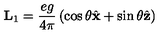
{ \bf L } _ { 1 } = { \frac { e g } { 4 \pi } } \left( \cos \theta { \hat { \bf x } } + \sin \theta { \hat { \bf z } } \right)